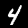
Digit: 4